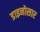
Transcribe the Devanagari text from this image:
डाइनोसार